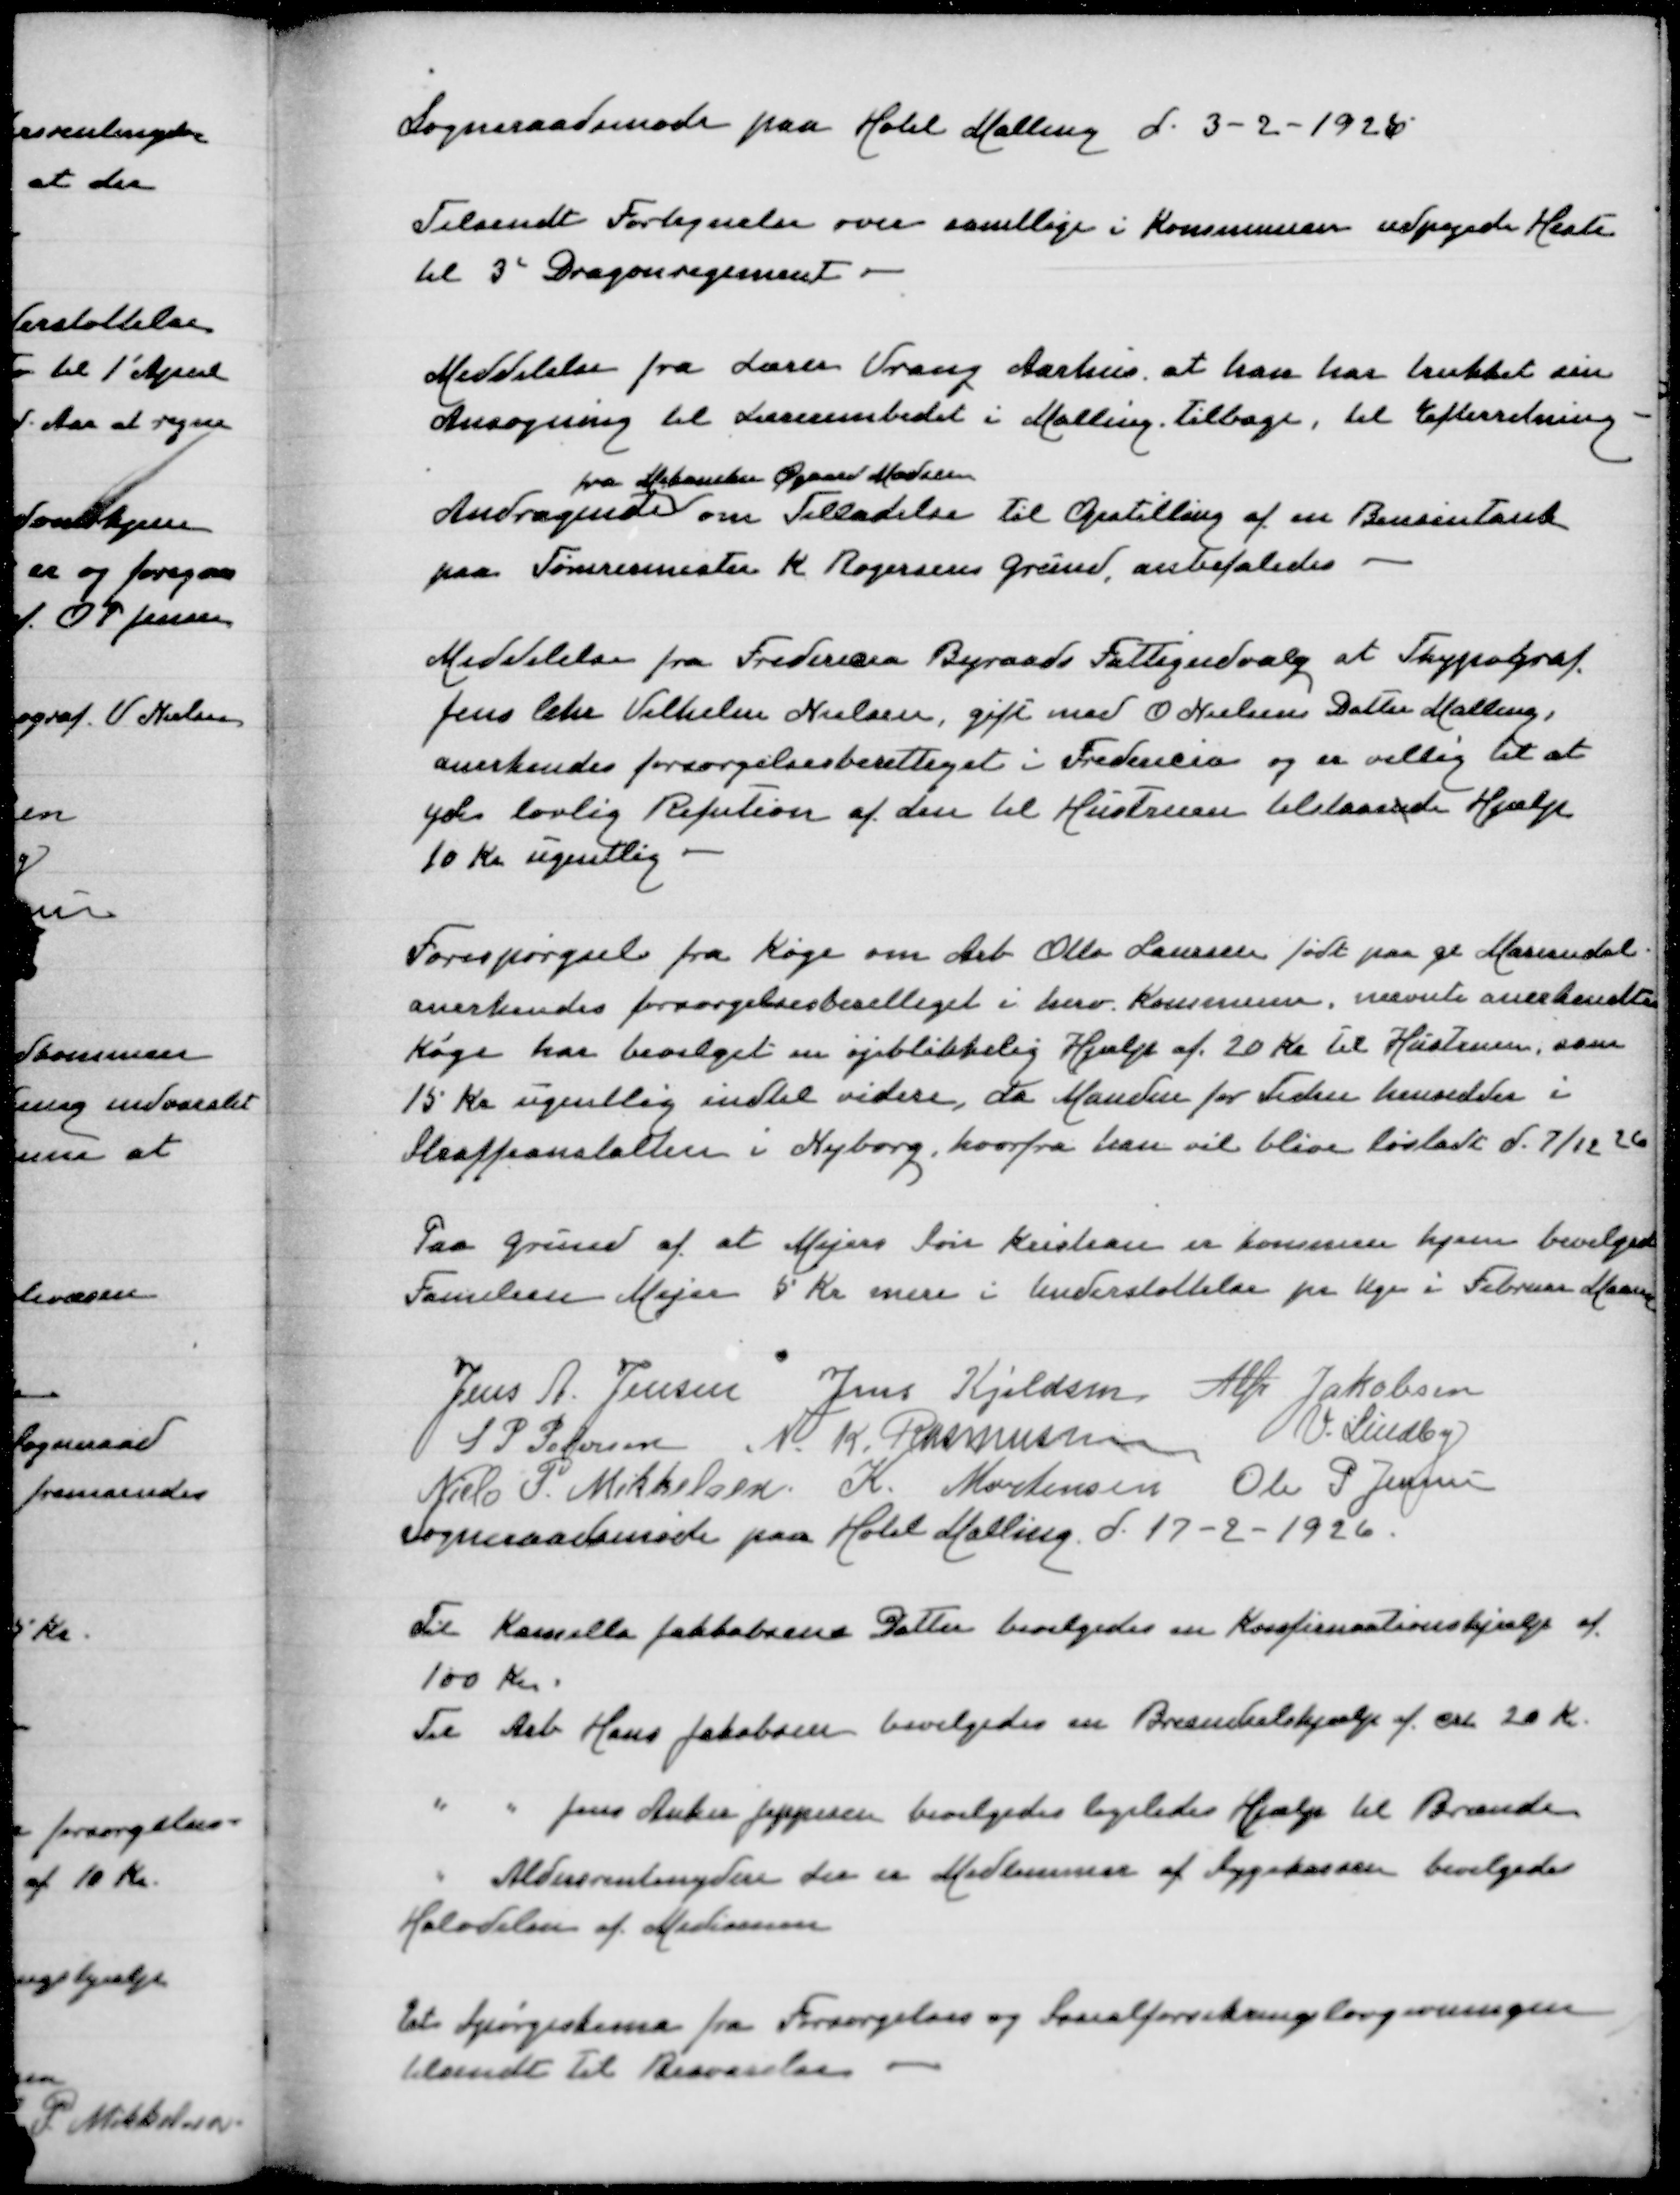
Transskription:
Sogneraadsmøde paa Hotel Malling d 3-2-1926

Tilsendt Fortegnelse over samtlige i Kommunen udpegede Heste
til 3' Dragonregiment

Meddelelse fra Lærer Vrang Aarhus at han har trukket sin
Ansøgning til Lærerembedet i Malling tilbage, til Efterretning
fra Mekaniker Øgaard Madsen
Andragende om Tilladelse til Opstilling af en Bensintank
paa Tømrermester K Rogersens Grund, anbefaledes

Meddelelse fra Fredericia Byraads Fattigudvalg at Thypograf
Jens Chr Vilhelm Nielsen, gift med O Nielsens Datter Malling
anerkendes forsørgelsesberettiget i Fredericia og er villig til at
yde lovlig Refusion af den til Hustruen tilstaaende Hjælp
10 Kr ugentlig

Forespørgsel fra Køge om Arb Otto Laursen født paa gl Mariendal
anerkendes forsørgelsesberettiget i herv Kommune, nævnte anerkendes
Køge har bevilger en øjeblikkelig hjælp af 20 Kr til Hustruen, som
15 Kr ugentlig indtil videre, da manden for Tiden hensidder i
Straffeanstalten i Nyborg, hvorfra han vil blive løsladt d 7/12 26

Paa Grund af at Mejers Søn Kristian er kommet hjem bevilges
Familien Mejer 5 Kr mere i Understøttelse pr Uge i Februar Maaned

Jens A Jensen
Jens Kjeldsen
Alfr Jakobsen
S P Pedersen
N K Rasmussen
V Lindby
Niels P Mikkelsen
K Mortensen
Ole P Jensen
Sogneraadsmøde paa Hotel Malling d 17-2-1926

Til Kamilla Jakkobsens Datter bevilgedes en Konfirmationshjælp af
100 Kr
Til Arb Hans Jakobsen bevilgedes en Brændselshjælp af crk 20 Kr
" " Jens Anker Jeppesen bevilgedes ligeledes Hjælp til Brændsel
" Aldersrentenydere der er Medlemmer af Sygekassen bevilgedes
Halvdelen af Medicinen

Et Spørgeskema fra Forsørgelses og Invalideforsikringslovgivningen
tilsendt til Besvarelse